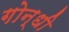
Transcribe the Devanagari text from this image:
गोन्धी